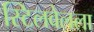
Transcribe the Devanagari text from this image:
स्टिलवेलला